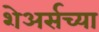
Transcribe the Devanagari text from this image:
शेअर्सच्या